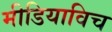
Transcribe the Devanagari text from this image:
मीडियाविच